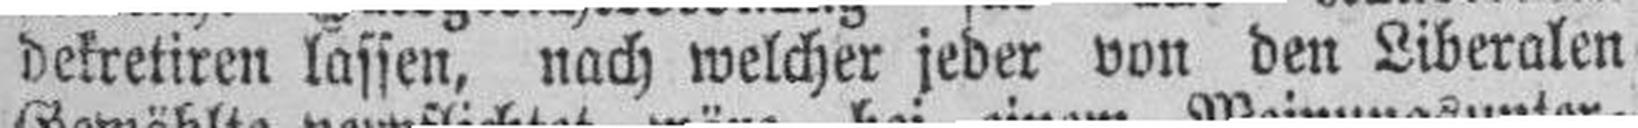
dekretiren lassen, nach welcher jeder von den Liberalen